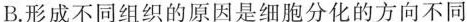
B.形成不同组织的原因是细胞分化的方向不同